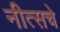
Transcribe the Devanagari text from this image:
नीत्सचे